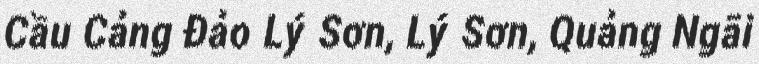
Cầu Cảng Đảo Lý Sơn, Lý Sơn, Quảng Ngãi